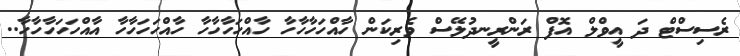
ރެސިސްޓް ދަ އީވްލް އޮފް ރަންރީނދުލޭސް ވެރިކަން ހާއްހަހާހާހާ ހާއްހަހާހާހާ ހާއްހަހަހާހާ އާއްހަހަހާހާހާ..